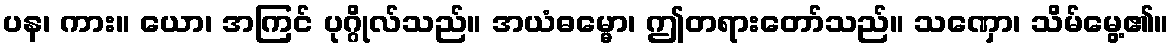
ပန၊ ကား။ ယော၊ အကြင် ပုဂ္ဂိုလ်သည်။ အယံဓမ္မော၊ ဤတရားတော်သည်။ သဏှော၊ သိမ်မွေ့၏။